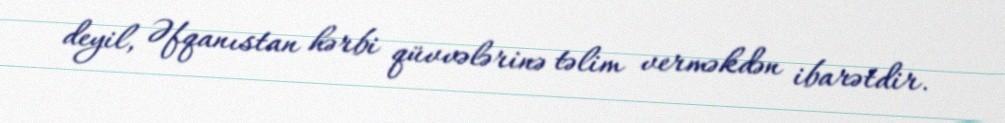
deyil, Əfqanıstan hərbi qüvvələrinə təlim verməkdən ibarətdir.